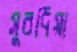
সুবদিয়া